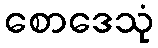
စောဒေသုံ